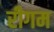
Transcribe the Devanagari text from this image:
रीगम